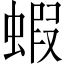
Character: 蝦